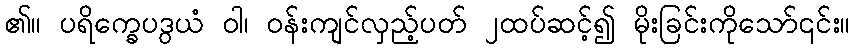
၏။ ပရိက္ခေပဒွယံ ဝါ၊ ဝန်းကျင်လှည့်ပတ် ၂ထပ်ဆင့်၍ မိုးခြင်းကိုသော်၎င်း။